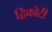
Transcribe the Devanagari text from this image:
द्विकोटी